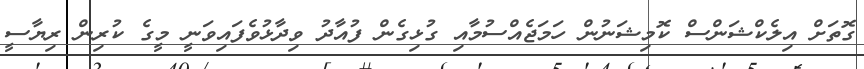
ގޮތަށް އިލެކްޝަންސް ކޮމިޝަނުން ހަމަޖެއްސުމާއި ގުޅިގެން ފުއާދު ވިދާޅުވެފައިވަނީ މީގެ ކުރިން ރިޔާސީ